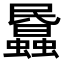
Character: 𧓹